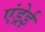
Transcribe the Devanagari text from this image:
एंड्रेई